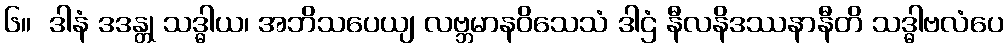
၆။  ဒါနံ ဒဒန္တု သဒ္ဓါယ၊ အဘိသပေယျ လဗ္ဘမာနဝိသေသံ ဒါဌံ နီလနိဒဿနာနီတိ သဒ္ဓါဗလံပေ